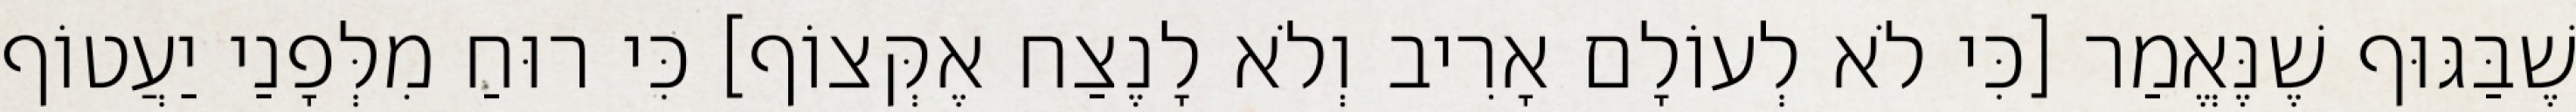
שֶׁבַּגּוּף שֶׁנֶּאֱמַר [כִּי לֹא לְעוֹלָם אָרִיב וְלֹא לָנֶצַח אֶקְּצוֹף] כִּי רוּחַ מִלְּפָנַי יַעֲטוֹף